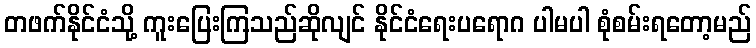
တဖက်နိုင်ငံသို့ ကူးပြေးကြသည်ဆိုလျင် နိုင်ငံရေးပရောဂ ပါမပါ စုံစမ်းရတော့မည်